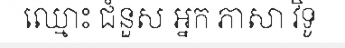
ឈ្មោះ ជំនួស អ្នក ភាសា វិទូ